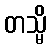
တသ္မိ